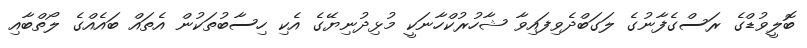
ބޮލީވުޑްގެ ރަސްގެފާނުގެ ލަގަބްދެވިފައިވާ ޝާހުރުކްހާނަކީ މުޅިދުނިޔޭގެ އެކި ހިސާބުތަކުން އެތައް ބައެއްގެ ލޯތްބާއި